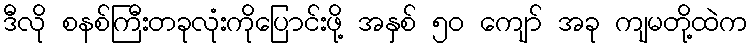
ဒီလို စနစ်ကြီးတခုလုံးကိုပြောင်းဖို့ အနှစ် ၅၀ ကျော် အခု ကျမတို့ထဲက